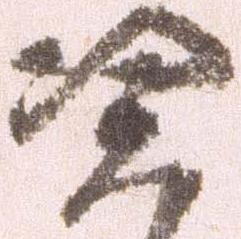
憑